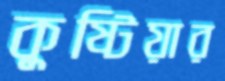
কুষ্টিয়ার